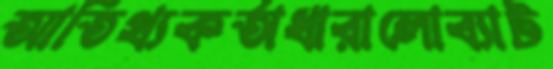
আতিথ্যকর্তাধারালোব্যাট